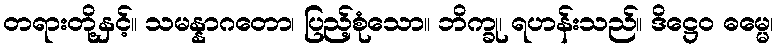
တရားတို့နှင့်။ သမန္နာဂတော၊ ပြည့်စုံသော။ ဘိက္ခု၊ ရဟန်းသည်။ ဒိဋ္ဌေဝ ဓမ္မေ၊